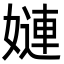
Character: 㜕